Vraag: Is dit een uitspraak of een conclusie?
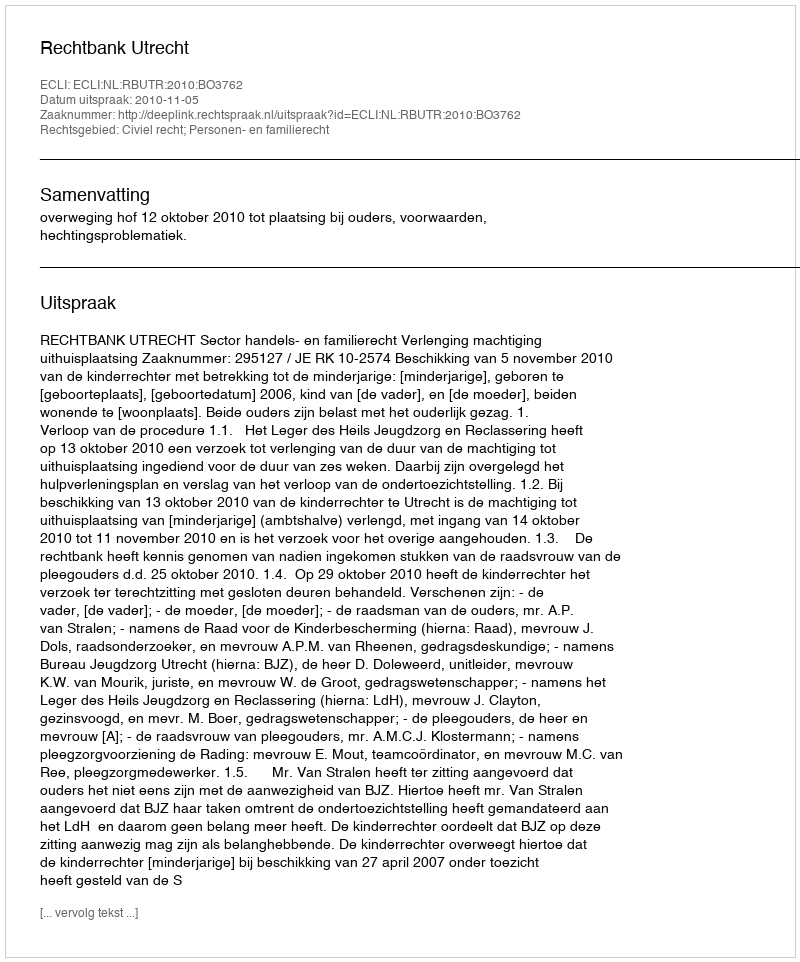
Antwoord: Uitspraak